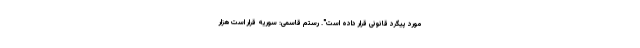
مورد پیگرد قانونی قرار داده است". رستم قاسمی: سوریه قرار است هزار